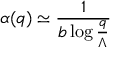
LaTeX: \alpha ( q ) \simeq \frac { 1 } { b \log \frac { q } { \Lambda } }